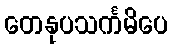
တေနုပသင်္ကမိပေ